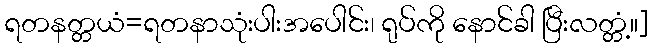
ရတနတ္တယံ=ရတနာသုံးပါးအပေါင်း၊ ရုပ်ကို နောင်ခါ ပြီးလတ္တံ့။]